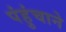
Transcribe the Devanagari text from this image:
पंहुंचाने